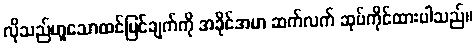
လိုသည်ဟူသောထင်မြင်ချက်ကို အခိုင်အမာ ဆက်လက် ဆုပ်ကိုင်ထားပါသည်။